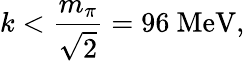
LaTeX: k<{\frac{m_{\pi}}{\sqrt{2}}}=96~\mathrm{MeV},